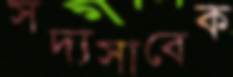
সদ্যসাবেক